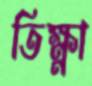
তিক্ষ্ণা